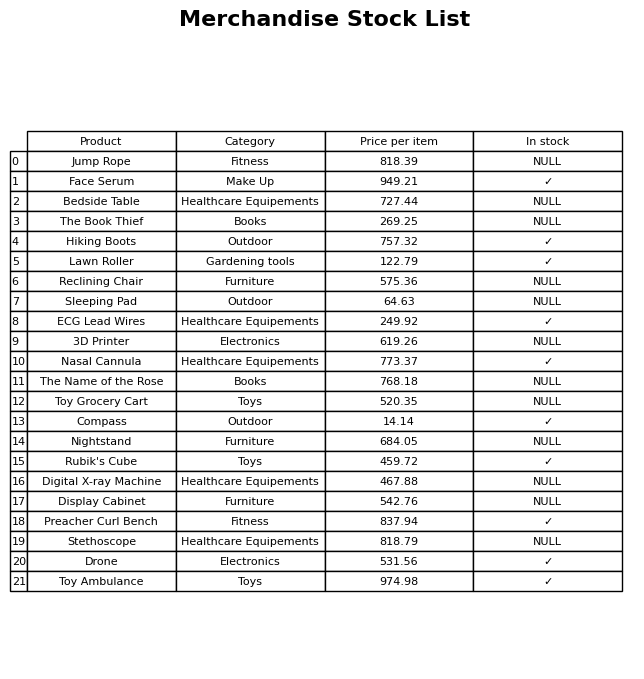
question: Which products are currently out of stock?
answer: Jump Rope, Bedside Table, The Book Thief, Reclining Chair, Sleeping Pad, 3D Printer, The Name of the Rose, Toy Grocery Cart, Nightstand, Digital X-ray Machine, Display Cabinet, Stethoscope